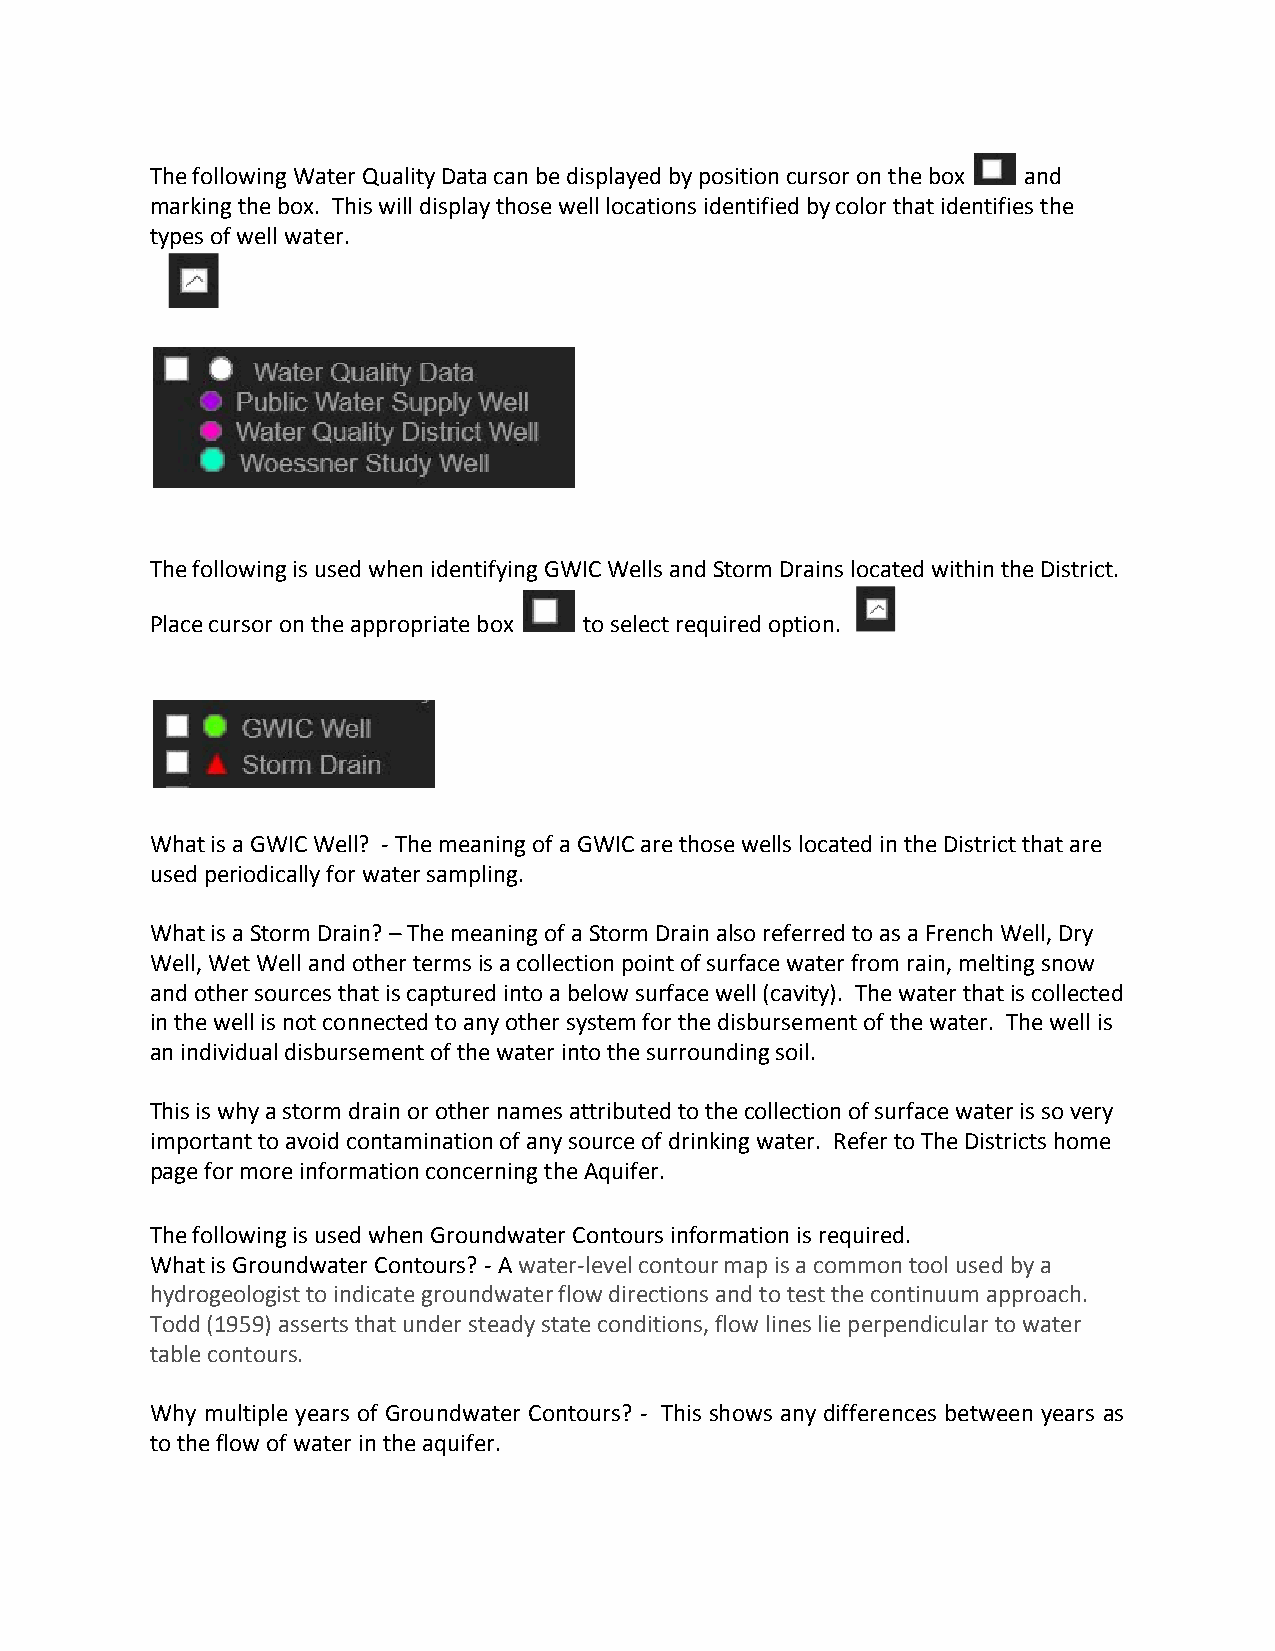
The following Water Quality Data can be displayed by position cursor on the box and
 marking the box. This will display those well locations identified by color that identifies the
 types of well water.
 The following is used when identifying GWIC Wells and Storm Drains located within the District.
 Place cursor on the appropriate box to select required option.
 What is a GWIC Well? - The meaning of a GWIC are those wells located in the District that are
 used periodically for water sampling.
 What is a Storm Drain? – The meaning of a Storm Drain also referred to as a French Well, Dry
 Well, Wet Well and other terms is a collection point of surface water from rain, melting snow
 and other sources that is captured into a below surface well (cavity). The water that is collected
 in the well is not connected to any other system for the disbursement of the water. The well is
 an individual disbursement of the water into the surrounding soil.
 This is why a storm drain or other names attributed to the collection of surface water is so very
 important to avoid contamination of any source of drinking water. Refer to The Districts home
 page for more information concerning the Aquifer.
 The following is used when Groundwater Contours information is required.
 What is Groundwater Contours? - A water-level contour map is a common tool used by a
 ​       ​     ​
 hydrogeologist to indicate groundwater flow directions and to test the continuum approach.
 ​        ​
 Todd (1959) asserts that under steady state conditions, flow lines lie perpendicular to water
 table contours.
 ​     ​
 Why multiple years of Groundwater Contours? - This shows any differences between years as
 to the flow of water in the aquifer.